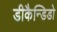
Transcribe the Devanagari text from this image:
डीकैन्डिडो